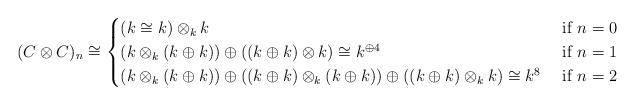
LaTeX: \begin{align*}(C\otimes C)_n \cong \begin{cases} (k \cong k)\otimes_k k & \mbox{ if } n=0\\(k\otimes_k (k\oplus k)) \oplus ((k\oplus k)\otimes k) \cong k^{\oplus 4} & \mbox{ if } n=1\\ (k \otimes_k (k\oplus k)) \oplus ((k\oplus k)\otimes_k (k\oplus k)) \oplus ((k\oplus k)\otimes_k k) \cong k^8 & \mbox{ if } n=2\\\end{cases}\end{align*}